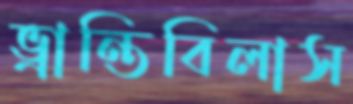
ভ্রান্তিবিলাস